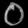
Digit: ၀